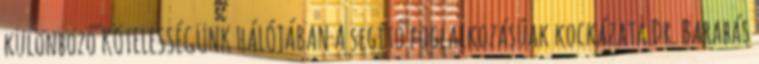
különböző KÖTELESSÉGÜNK HÁLÓJÁBAN A segítő foglalkozásúak kockázata Dr. Barabás